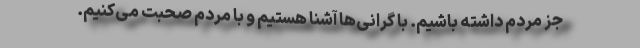
جز مردم داشته باشیم. با گرانی‌ها آشنا هستیم و با مردم صحبت می‌کنیم.